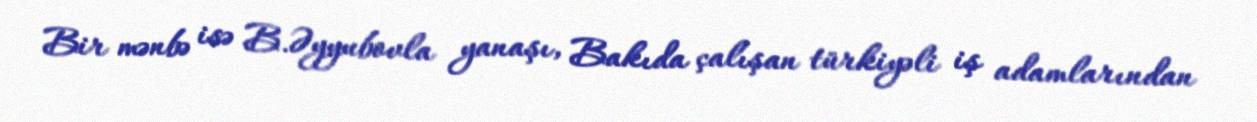
Bir mənbə isə B.Əyyubovla yanaşı, Bakıda çalışan türkiyəli iş adamlarından